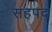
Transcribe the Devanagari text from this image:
सहपद